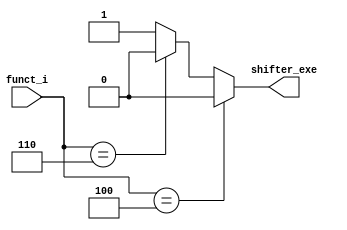
module shifter_control(funct_i,shifter_exe);

input [5:0] funct_i;
output shifter_exe;

wire shifter_exe;

assign shifter_exe = (funct_i == 6'b000100)?0:(funct_i == 6'b000110)?0:1;

endmodule